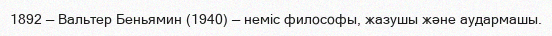
1892 — Вальтер Беньямин (1940) — неміс философы, жазушы және аудармашы.